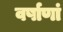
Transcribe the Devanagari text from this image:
वर्षाणां